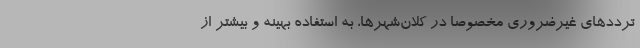
ترددهای غیرضروری مخصوصا در کلان‌شهرها، به استفاده بهینه و بیشتر از